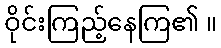
ဝိုင်းကြည့်နေကြ၏ ။